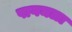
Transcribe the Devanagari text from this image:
पागमळा